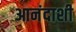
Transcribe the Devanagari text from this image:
आनंदाशी